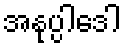
အနုပ္ပါဒေါ